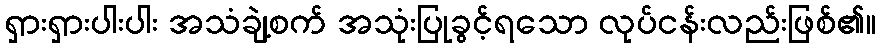
ရှားရှားပါးပါး အသံချဲ့စက် အသုံးပြုခွင့်ရသော လုပ်ငန်းလည်းဖြစ်၏။